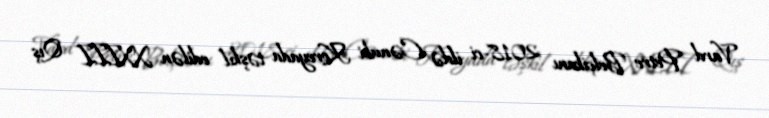
Vard Petre Belçikanı 2018-ci ildə Cənubi Koreyada təşkil edilən XXIII Qış